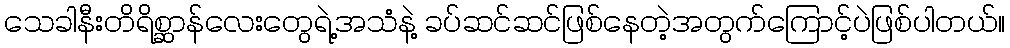
သေခါနီးတိရိစ္ဆာန်လေးတွေရဲ့အသံနဲ့ ခပ်ဆင်ဆင်ဖြစ်နေတဲ့အတွက်ကြောင့်ပဲဖြစ်ပါတယ်။